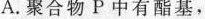
A.聚合物P中有酯基，